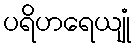
ပရိဟရေယျုံ